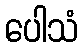
ပေါသံ